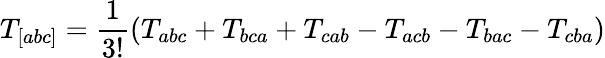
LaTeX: T_{[abc]}={\frac{1}{3!}}(T_{abc}+T_{bca}+T_{cab}-T_{acb}-T_{bac}-T_{cba})